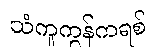
သံကူကွန်ကရစ်